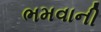
ભમવાની